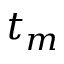
t _ { m }